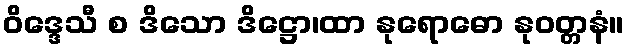
ဝိဒ္ဒေသီ စ ဒိသော ဒိဋ္ဌော၊ထာ နုရောဓော နုဝတ္တနံ။